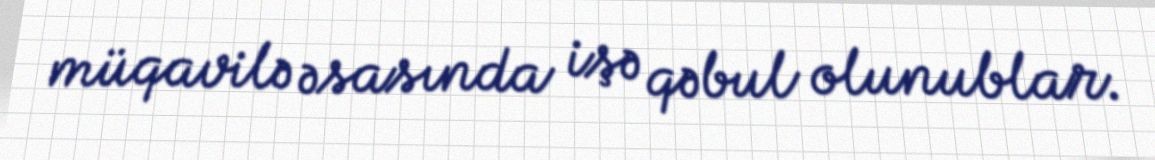
müqavilə əsasında işə qəbul olunublar.